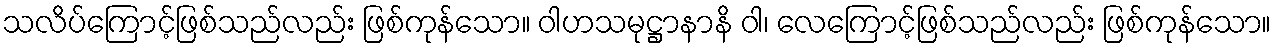
သလိပ်ကြောင့်ဖြစ်သည်လည်း ဖြစ်ကုန်သော။ ဝါဟသမုဋ္ဌာနာနိ ဝါ၊ လေကြောင့်ဖြစ်သည်လည်း ဖြစ်ကုန်သော။